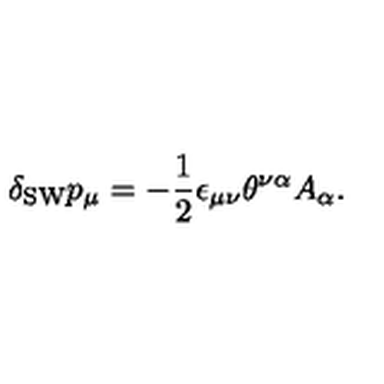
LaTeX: \delta _ { \mathrm { S W } } p _ { \mu } = - \frac { 1 } { 2 } \epsilon _ { \mu \nu } \theta ^ { \nu \alpha } A _ { \alpha } .